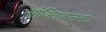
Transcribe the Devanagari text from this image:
मौक्तिकलता।